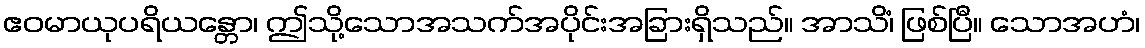
ဧဝမာယုပရိယန္တော၊ ဤသို့သောအသက်အပိုင်းအခြားရှိသည်။ အာသိံ၊ ဖြစ်ပြီ။ သောအဟံ၊